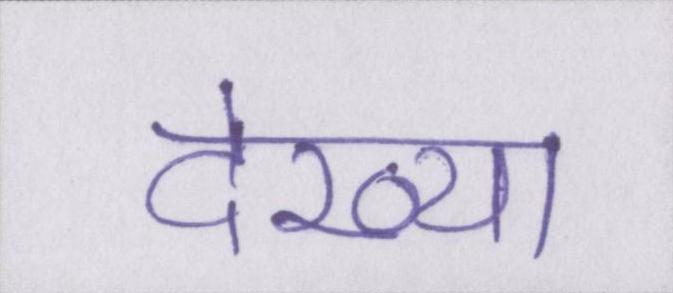
देख्या